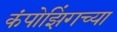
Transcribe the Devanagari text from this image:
कंपोझिंगच्या